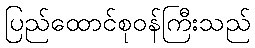
ပြည်ထောင်စုဝန်ကြီးသည်